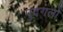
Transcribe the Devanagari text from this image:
पुदगलों